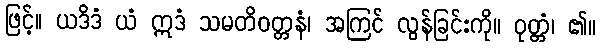
ဖြင့်။ ယဒိဒံ ယံ ဣဒံ သမတိဝတ္တနံ၊ အကြင် လွန်ခြင်းကို။ ဝုတ္တံ၊ ၏။